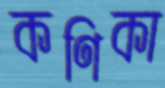
কণিকা